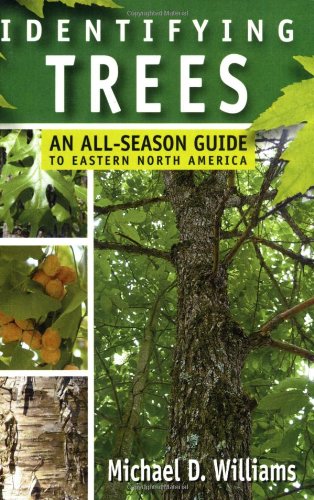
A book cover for Identifying Trees: An All-Season Guide to Eastern North America; Michael D. Williams; Science & Math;